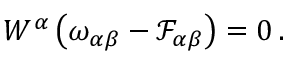
\begin{array} { r } { W ^ { \alpha } \left( \omega _ { \alpha \beta } - \mathcal { F } _ { \alpha \beta } \right) = 0 \, . } \end{array}